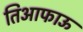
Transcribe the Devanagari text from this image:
तिआफाऊ